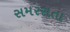
સમરસતા